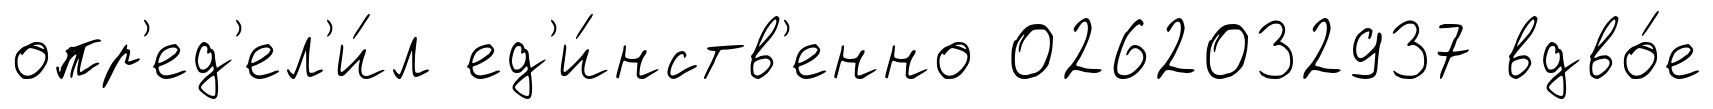
опр'ед'ел'и́л ед'и́нств'енно 0262032937 вдво́е